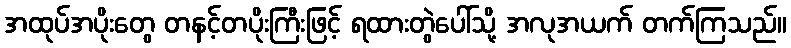
အထုပ်အပိုးတွေ တနင့်တပိုးကြီးဖြင့် ရထားတွဲပေါ်သို့ အလုအယက် တက်ကြသည်။